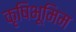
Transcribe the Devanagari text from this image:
कृषिभूमिम